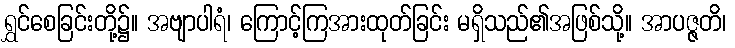
ရွှင်စေခြင်းတို့၌။ အဗျာပါရံ၊ ကြောင့်ကြအားထုတ်ခြင်း မရှိသည်၏အဖြစ်သို့။ အာပဇ္ဇတိ၊